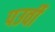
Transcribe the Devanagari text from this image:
पउर्वी